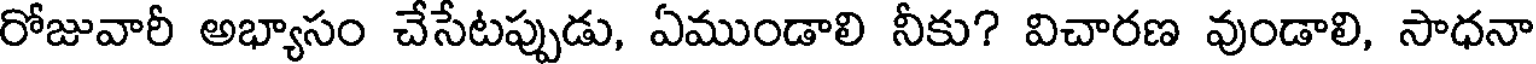
రోజువారీ అభ్యాసం చేసేటప్పుడు, ఏముండాలి నీకు? విచారణ వుండాలి, సాధనా